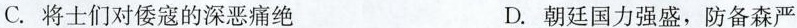
C.将士们对倭寇的深恶痛绝 D.朝廷国力强盛，防备森严